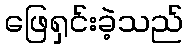
ဖြေရှင်းခဲ့သည်